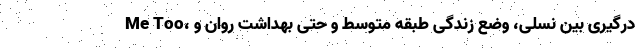
Me Too، درگیری بین نسلی، وضع زندگی طبقه متوسط و حتی بهداشت روان و